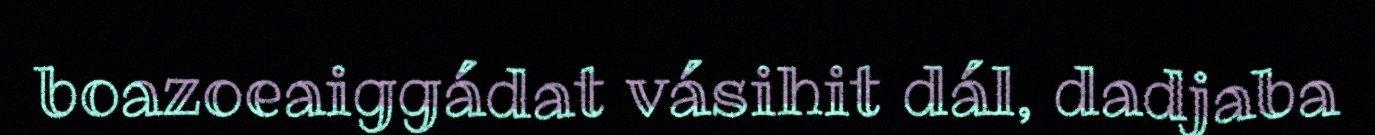
boazoeaiggádat vásihit dál, dadjaba